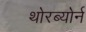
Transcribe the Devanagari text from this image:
थोरब्योर्न